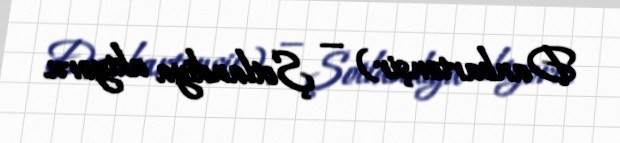
Danbartonşir) — Şotlandiya aktyoru.